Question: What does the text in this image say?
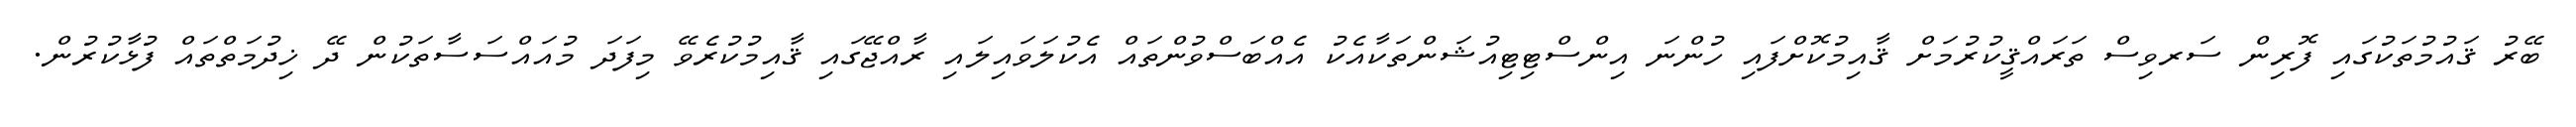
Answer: ބޭރު ޤައުމުތަކުގައި ފޮރިން ސަރވިސް ތަރައްޤީކުރުމަށް ޤާއިމުކޮށްފައި ހުންނަ އިންސްޓިޓިއުޝަންތަކާއެކު އެއްބަސްވުންތައް އެކުލަވައިލައި ރާއްޖޭގައި ޤާއިމުކުރެވޭ މިފަދަ މުއައްސަސާތަކުން ދޭ ޚިދުމަތްތައް ފުޅާކުރުން.